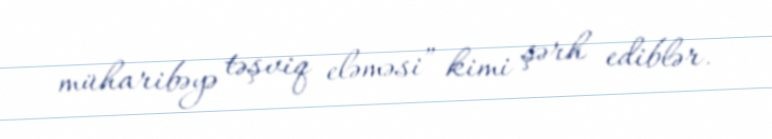
müharibəyə təşviq eləməsi” kimi şərh ediblər.